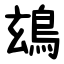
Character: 䲻